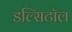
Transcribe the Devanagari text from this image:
डल्सिटॉल